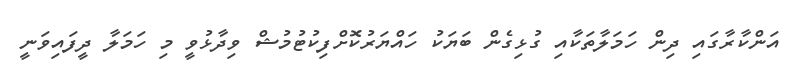
އަންކާރާގައި ދިން ހަމަލާތަކާއި ގުޅިގެން ބަޔަކު ހައްޔަރުކޮށްފިކުޓުމުޝް ވިދާޅުވީ މި ހަމަލާ ދީފައިވަނީ